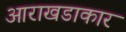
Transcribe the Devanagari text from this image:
आराखडाकार